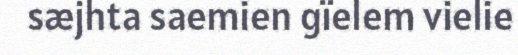
sæjhta saemien gïelem vielie